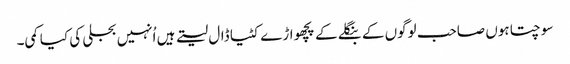
سوچتا ہوں صاحب لوگوں کے بنگلے کے پچھواڑے کٹیا ڈال لیتے ہیں اُنہیں بجلی کی کیا کمی۔